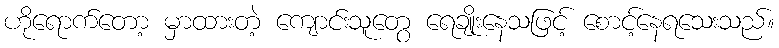
ဟိုရောက်တော့ မှာထားတဲ့ ကျောင်းသူတွေ ရေချိုးနေသဖြင့် စောင့်နေရသေးသည်။